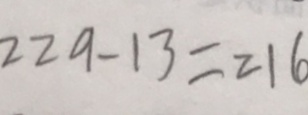
2 2 9 - 1 3 = 2 1 6